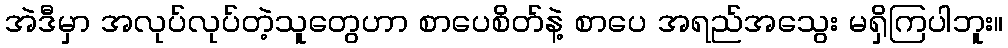
အဲဒီမှာ အလုပ်လုပ်တဲ့သူတွေဟာ စာပေစိတ်နဲ့ စာပေ အရည်အသွေး မရှိကြပါဘူး။